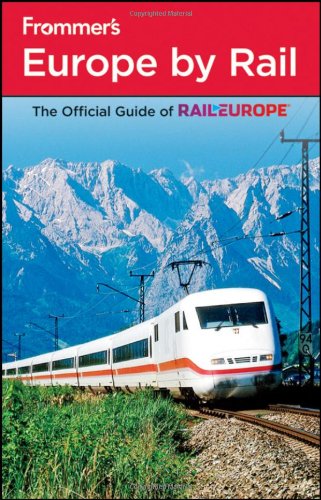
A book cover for Frommer's Europe by Rail (Frommer's Complete Guides); Amy Eckert; Travel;